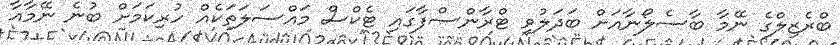
ބްރެޒިލްގެ ނޭމާ ބާސެލޯނާއަށް ބަދަލުވި ޓްރާންސްފާގައި ޓެކްސް މައްސަލަތަކެއް ހުރިކަމަށް ބުނެ ނޭމާއާ